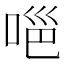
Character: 𭈊